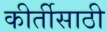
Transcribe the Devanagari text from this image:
कीर्तीसाठी